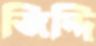
জিদ্দি